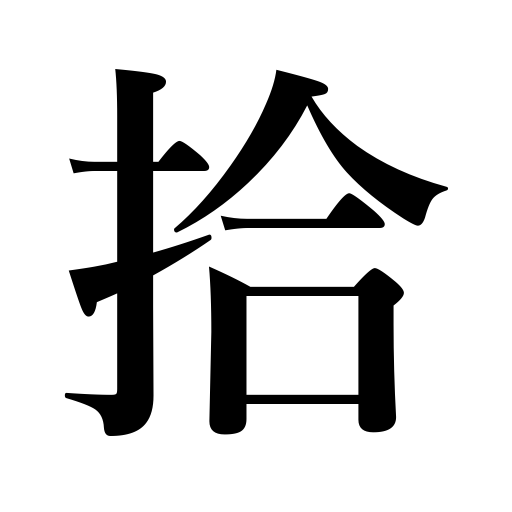
Meanings: pick up,gather,set type,go on foot,find,ten